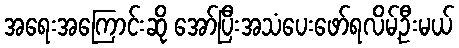
အရေးအကြောင်းဆို အော်ပြီးအသံပေးဖော်ရလိမ့်ဦးမယ်